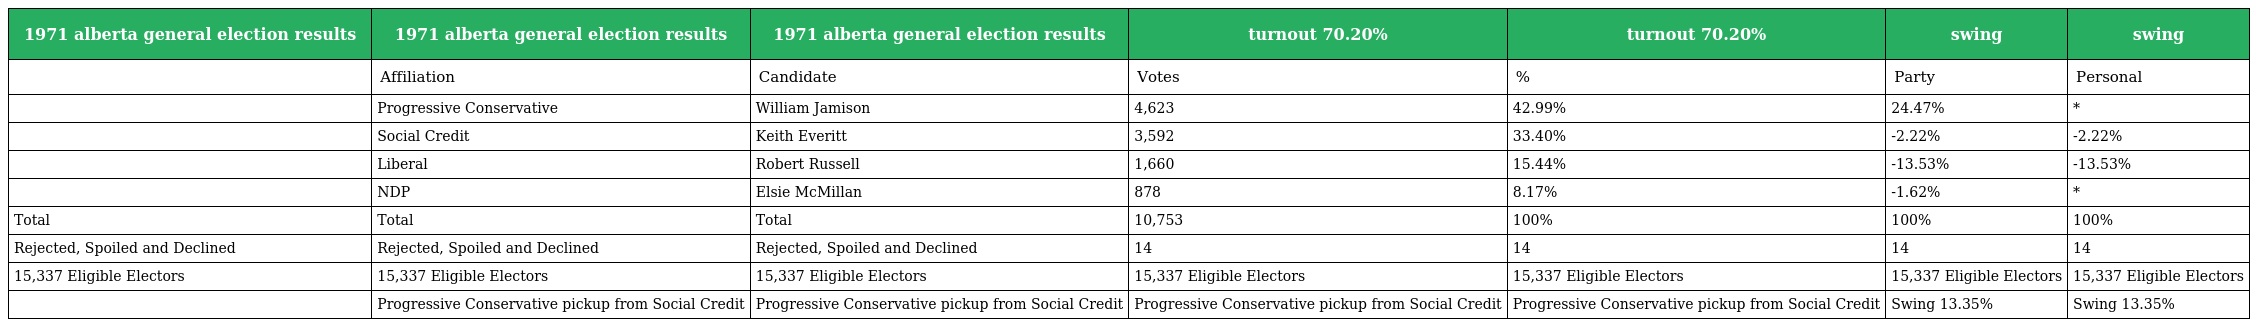
| 1971 alberta general election results | 1971 alberta general election results | 1971 alberta general election results | turnout 70.20% | turnout 70.20% | swing | swing |
 | --- | --- | --- | --- | --- | --- | --- |
 |  | Affiliation | Candidate | Votes | % | Party | Personal |
 |  | Progressive Conservative | William Jamison | 4,623 | 42.99% | 24.47% | * |
 |  | Social Credit | Keith Everitt | 3,592 | 33.40% | -2.22% | -2.22% |
 |  | Liberal | Robert Russell | 1,660 | 15.44% | -13.53% | -13.53% |
 |  | NDP | Elsie McMillan | 878 | 8.17% | -1.62% | * |
 | Total | Total | Total | 10,753 | 100% | 100% | 100% |
 | Rejected, Spoiled and Declined | Rejected, Spoiled and Declined | Rejected, Spoiled and Declined | 14 | 14 | 14 | 14 |
 | 15,337 Eligible Electors | 15,337 Eligible Electors | 15,337 Eligible Electors | 15,337 Eligible Electors | 15,337 Eligible Electors | 15,337 Eligible Electors | 15,337 Eligible Electors |
 |  | Progressive Conservative pickup from Social Credit | Progressive Conservative pickup from Social Credit | Progressive Conservative pickup from Social Credit | Progressive Conservative pickup from Social Credit | Swing 13.35% | Swing 13.35% |